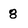
Character: 8